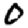
Digit: 0